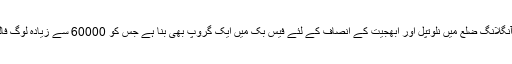
آسام کی کربی آنگلانگ ضلع میں نلوتپل اور ابھجیت کے انصاف کے لئے فیس بک میں ایک گروپ بھی بنا ہے جس کو 60000 سے زیادہ لوگ فالو کر رہے ہیں۔